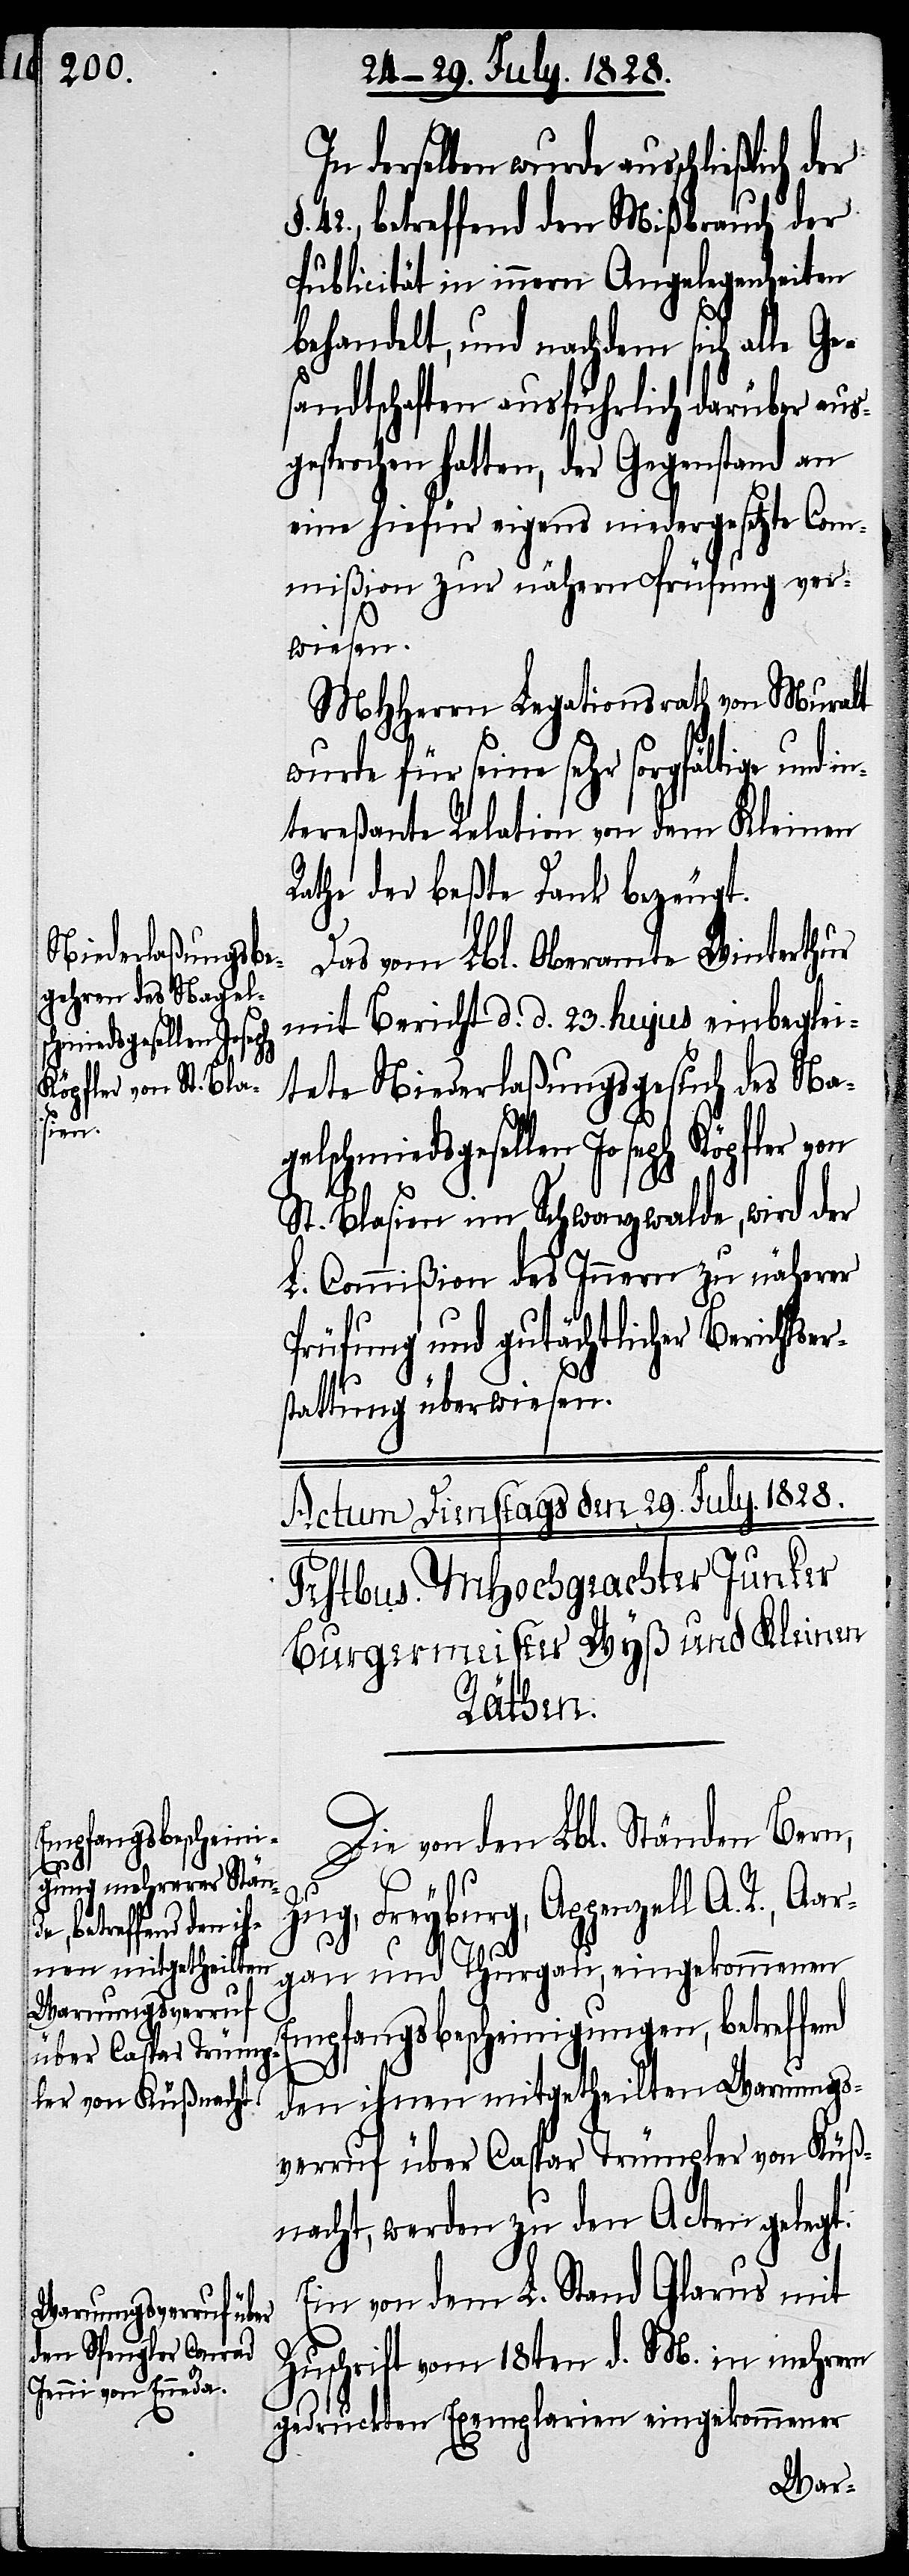
schmiedsgesel¬
r¬

In derselben wurde ausschließlich
42., betreffend den Mißbrauch der
Publicität in innern Angelegenheiten
behandelt, und nachdem sich alle G¬
andtschaften ausführlich darüber aus¬
esprochen hatten, der Gegenstand an
eine hiefür eigens niedergesetzte Com¬
mißion zur nähern Prüfung ver¬
wiesen.
MHHerrn Legationsrath von Muralt
wurde für seine sehr sorgfältige und
tereßante Relation von dem Kleinen
Rathe der beßte Dank bezeugt.
Das vom Lbl. Oberamte Winterthur
mit Bericht d. d. 23. hujus einbeglei¬
tete Niederlaßungsgesuch des Nagel¬
len Joseph Köpfler
St. Blasien im Schwarzwalde, wird der
L. Commißion des Innern zu näherer
Prüfung und gutächtlicher Berichtse¬
stattung überwiesen.
Die von den Lbl. Ständen Bern,
Zug, Freyburg, Appenzell A. R.,
gau und Thurgau, eingekommenen
Empfangsbescheinigungen, betreffend
den ihnen mitgetheilten Warnungs¬
verruf über Caspar Trümpler von Küß¬
nacht, werden zu den Acten gelegt.
Ein von dem L. Stand Glarus mit
Zuschrift vom 18ten d. M. in mehrern
gedruckten Exemplarien eingekommener
Aar¬